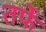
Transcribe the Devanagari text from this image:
तर्फेे